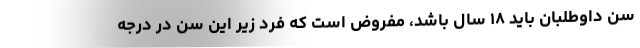
سن داوطلبان باید ۱۸ سال باشد، مفروض است که فرد زیر این سن در درجه